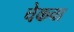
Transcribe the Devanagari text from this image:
चेकचा